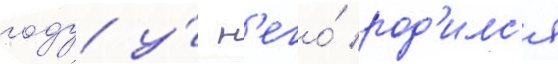
году у́ н'его́ род'илс'я